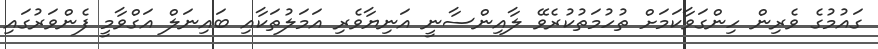
ގައުމުގެ ވެރިން ހިންގަވާކަމަށް ތުހުމަތުކުރެވޭ ލާއިންސާނީ އަނިޔާވެރި އަމަލުތަކާއި ބައިނަލް އަގްވާމީ ފެންވަރުގައި